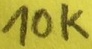
Text: 10K